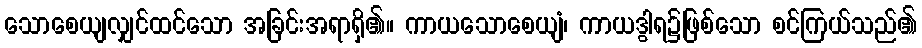
သောစေယျလျှင်ထင်သော အခြင်းအရာရှိ၏။ ကာယသောစေယျံ၊ ကာယဒွါရ၌ဖြစ်သော စင်ကြယ်သည်၏